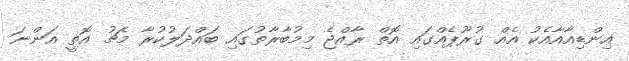
އިންޑިއާއާއެކު އެއް ގުރޫޕެއްގައި އޮތް ރާއްޖެ މިމުބާރާތުގައި ބައްދަލުކުރާ މެޗު އޮތީ އަންނަ